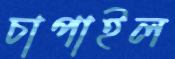
চাপাইল